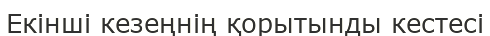
Екінші кезеңнің қорытынды кестесі